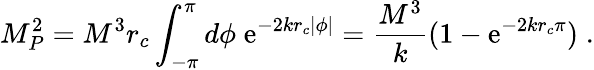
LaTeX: M_{P}^{2}=M^{3}r_{c}\int_{-\pi}^{\pi}d\phi\; \mathrm{e}^{-2kr_{c}|\phi|}=\frac{M^{3}}{k}(1-\mathrm{e}^{-2kr_{c}\pi})\; .